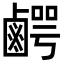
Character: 𮭯